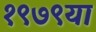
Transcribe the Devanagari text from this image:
१९७९या